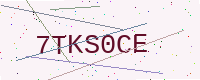
Text: 7TKS0CE